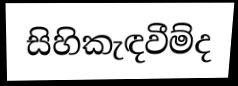
සිහිකැඳවීම්ද